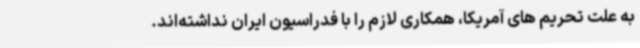
به علت تحریم های آمریکا، همکاری لازم را با فدراسیون ایران نداشته‌اند.